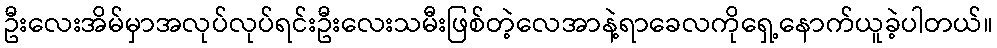
ဦးလေးအိမ်မှာအလုပ်လုပ်ရင်းဦးလေးသမီးဖြစ်တဲ့လေအာနဲ့ရာခေလကိုရှေ့နောက်ယူခဲ့ပါတယ်။